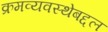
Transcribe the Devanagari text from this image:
क्रमव्यवस्थेबद्दल